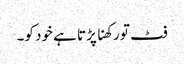
فٹ تو رکھنا پڑتا ہے خود کو۔